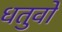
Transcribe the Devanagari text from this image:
धतुवों